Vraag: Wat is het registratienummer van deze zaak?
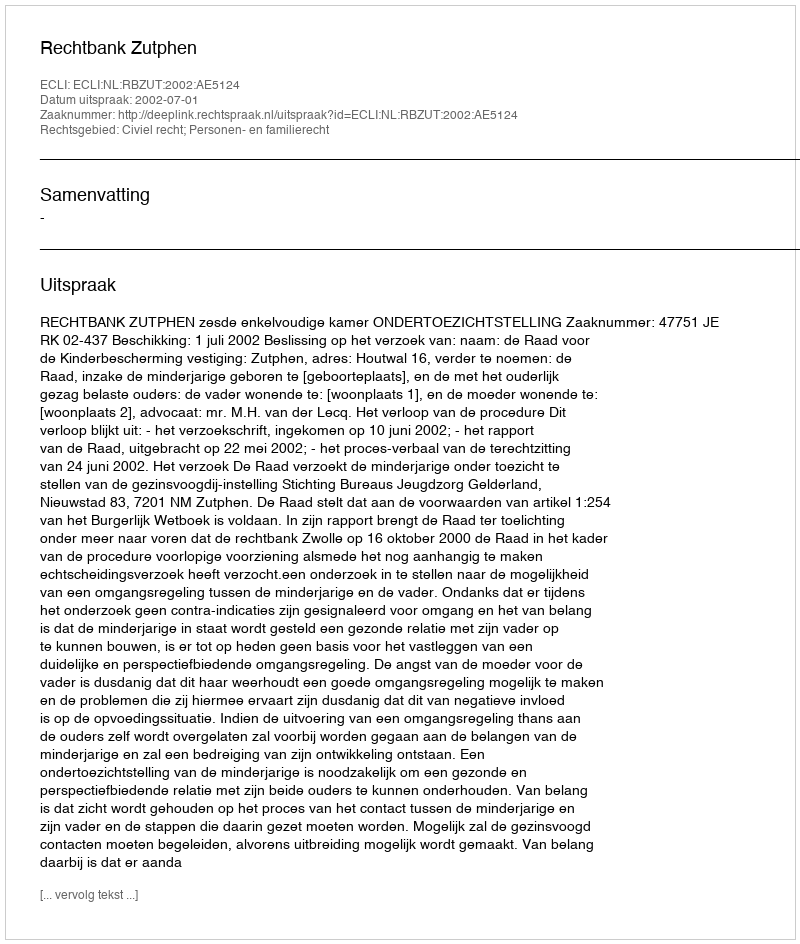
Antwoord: http://deeplink.rechtspraak.nl/uitspraak?id=ECLI:NL:RBZUT:2002:AE5124